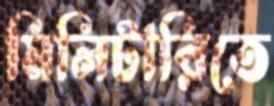
মিলিটারিতে